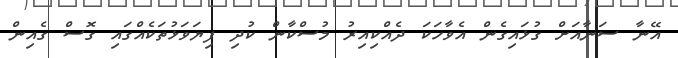
އޭނާ ސަނާއަށް ގުޅައިގެން އެވާހަކަ ދެއްކިއިރު މުސްކާން ކުދި ފިޔަވަޅުތަކެއްގައި ގޮސް ގެއިން